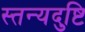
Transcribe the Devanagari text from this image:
स्तन्यदुष्टि